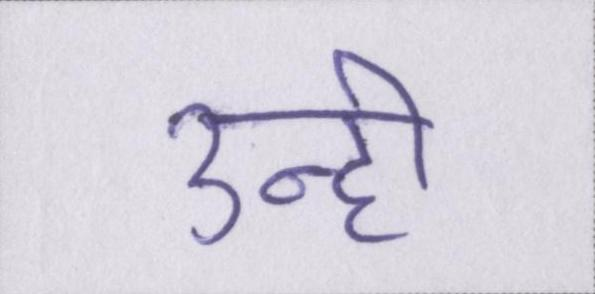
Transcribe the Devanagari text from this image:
उन्ही